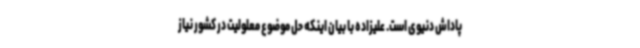
پاداش دنیوی است. علیزاده با بیان اینکه حل موضوع معلولیت در کشور نیاز